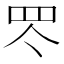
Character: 罖